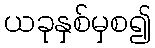
ယခုနှစ်မှစ၍